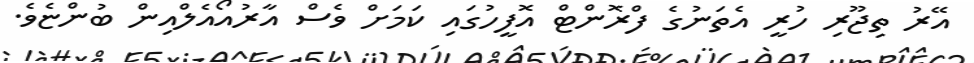
އޭރު ތިޖޫރި ހުރީ އެތަނުގެ ފްރޮންޓް އޮފީހުގައި ކަމަށް ވެސް އާރުއޯއެލްއިން ބުންޏެވެ.